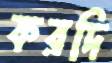
করদি